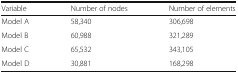
<table><thead><tr><td><b>Variable</b></td><td><b>Number of nodes</b></td><td><b>Number of elements</b></td></tr></thead><tbody><tr><td>Model A</td><td>58,340</td><td>306,698</td></tr><tr><td>Model B</td><td>60,988</td><td>321,289</td></tr><tr><td>Model C</td><td>65,532</td><td>343,105</td></tr><tr><td>Model D</td><td>30,881</td><td>168,298</td></tr></tbody></table>